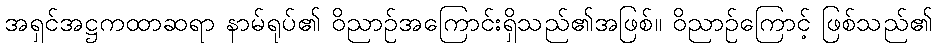
အရှင်အဋ္ဌကထာဆရာ နာမ်ရုပ်၏ ဝိညာဉ်အကြောင်းရှိသည်၏အဖြစ်။ ဝိညာဉ်ကြောင့် ဖြစ်သည်၏